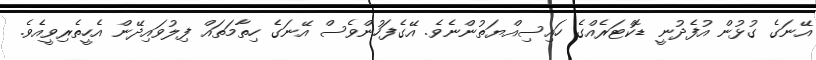
އޭނަގެ ގުޅުން އުފެދުނީ ޑޮކްޓަރެއްގެ ހައިސިއްޔަތުންނެވެ. އޭގެފަހުންވެސް އޭނަގެ ހިތާމަތައް ފިލުވައިދޭން އެހީތެރިވީއެވެ.